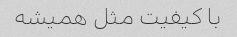
با کیفیت مثل همیشه